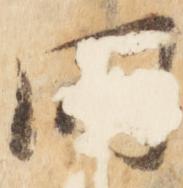
間